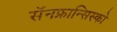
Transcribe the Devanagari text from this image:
सॅनफ्रान्सिस्को